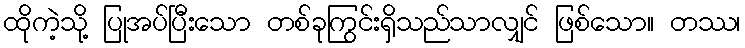
ထိုကဲ့သို့ ပြုအပ်ပြီးသော တစ်ခုကြွင်းရှိသည်သာလျှင် ဖြစ်သော။ တဿ၊